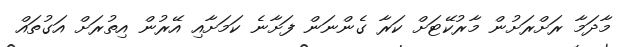
މާދަމާ ރަށްރަށުން މާރުކޭޓަށް ކަރާ ގެންނަން ފަށާނެ ކަމަށާއި އޭރުން އިތުރަށް އަގުތައް